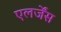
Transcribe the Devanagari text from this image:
एलर्जेंस